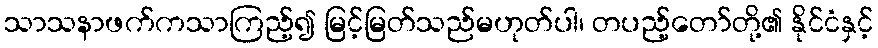
သာသနာဖက်ကသာကြည့်၍ မြင့်မြတ်သည်မဟုတ်ပါ၊ တပည့်တော်တို့၏ နိုင်ငံနှင့်